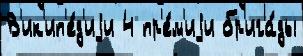
В'ик'ип'е́д'иjи 4 пр'е́м'иjи бр'ига́ды